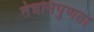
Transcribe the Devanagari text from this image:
तंत्रनिपुणता